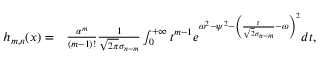
\begin{array} { r l } { h _ { m , n } ( x ) = } & { { } \frac { \alpha ^ { m } } { ( m - 1 ) ! } \frac { 1 } { \sqrt { 2 \pi } \sigma _ { n - m } } \int _ { 0 } ^ { + \infty } t ^ { m - 1 } e ^ { \omega ^ { 2 } - \psi ^ { 2 } - \left( \frac { t } { \sqrt { 2 } \sigma _ { n - m } } - \omega \right) ^ { 2 } } d t , } \end{array}